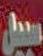
سبيل